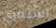
استمري